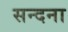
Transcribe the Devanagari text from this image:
सन्दना